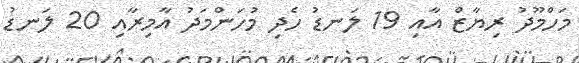
މަހްމޫދު ރިޔާޒް އާއި 19 ލަނޑު ހެދި މުހަންމަދު އާމިރާއި 20 ލަނޑު